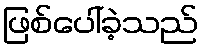
ဖြစ်ပေါ်ခဲ့သည်